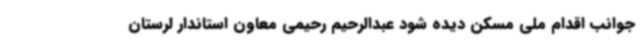
جوانب اقدام ملی مسکن دیده شود عبدالرحیم رحیمی معاون استاندار لرستان